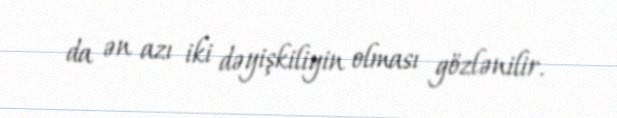
da ən azı iki dəyişkiliyin olması gözlənilir.